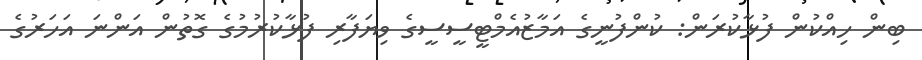
ބިން ހިއްކުން ފުޅާކުރަން: ކުންފުނީގެ އަމާޒުއެމްޓީސީސީގެ ވިޔަފާރި ފުޅާކުރުމުގެ ގޮތުން އަންނަ އަހަރުގެ